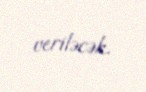
veriləcək.